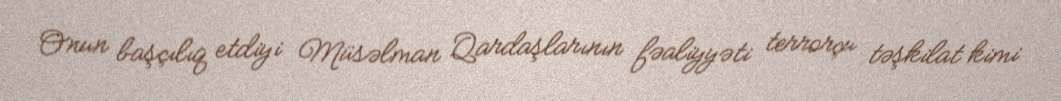
Onun başçılıq etdiyi Müsəlman Qardaşlarının fəaliyyəti terrorçu təşkilat kimi